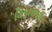
વિપાસના